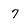
Character: 7